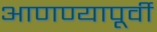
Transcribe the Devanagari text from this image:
आणण्यापूर्वी